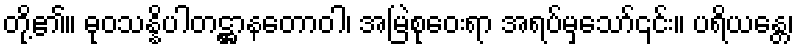
တို့၏။ ဓုဝသန္နိပါတဋ္ဌာနတောဝါ၊ အမြဲစုဝေးရာ အရပ်မှသော်၎င်း။ ပရိယန္တေ၊